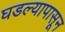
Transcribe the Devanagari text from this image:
घडल्यापासून